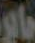
بابو